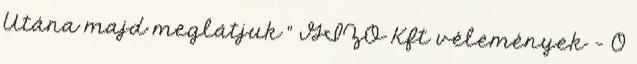
Utána majd meglátjuk ” GIZO Kft vélemények - 0